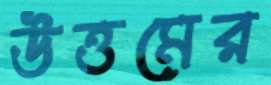
উত্তমের